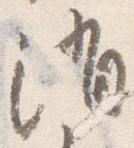
消